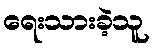
ရေးသားခဲ့သူ